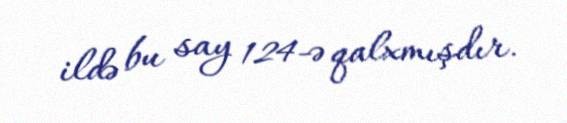
ildə bu say 124-ə qalxmışdır.